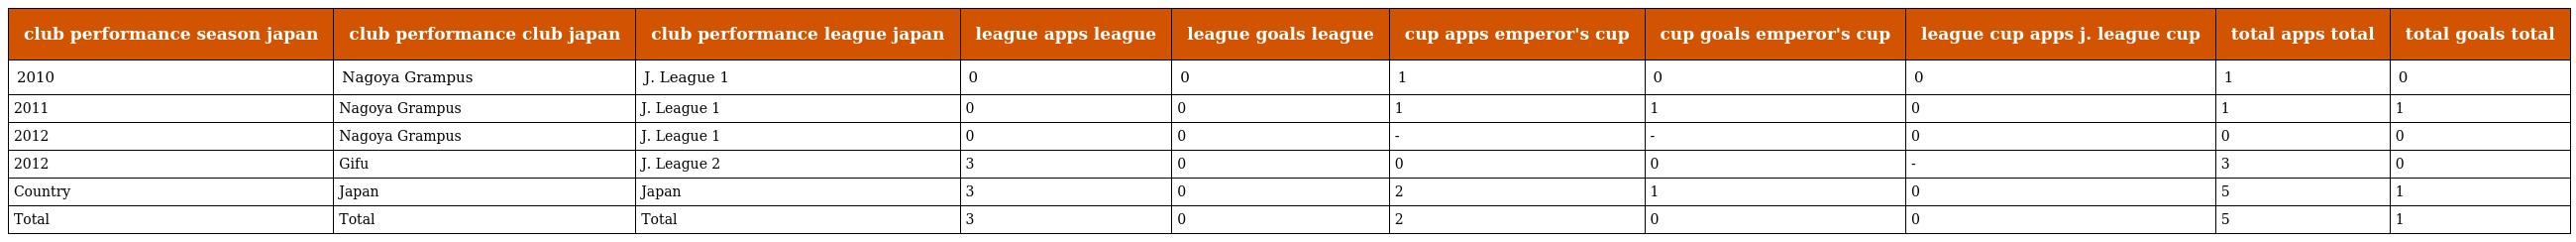
| club performance season japan | club performance club japan | club performance league japan | league apps league | league goals league | cup apps emperor's cup | cup goals emperor's cup | league cup apps j. league cup | total apps total | total goals total |
 | --- | --- | --- | --- | --- | --- | --- | --- | --- | --- |
 | 2010 | Nagoya Grampus | J. League 1 | 0 | 0 | 1 | 0 | 0 | 1 | 0 |
 | 2011 | Nagoya Grampus | J. League 1 | 0 | 0 | 1 | 1 | 0 | 1 | 1 |
 | 2012 | Nagoya Grampus | J. League 1 | 0 | 0 | - | - | 0 | 0 | 0 |
 | 2012 | Gifu | J. League 2 | 3 | 0 | 0 | 0 | - | 3 | 0 |
 | Country | Japan | Japan | 3 | 0 | 2 | 1 | 0 | 5 | 1 |
 | Total | Total | Total | 3 | 0 | 2 | 0 | 0 | 5 | 1 |